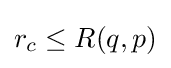
r_{c}\leq R(q,p)